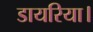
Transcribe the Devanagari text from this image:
डायरिया।